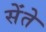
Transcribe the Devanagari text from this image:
सेंते